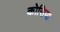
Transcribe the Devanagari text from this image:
कोसिया